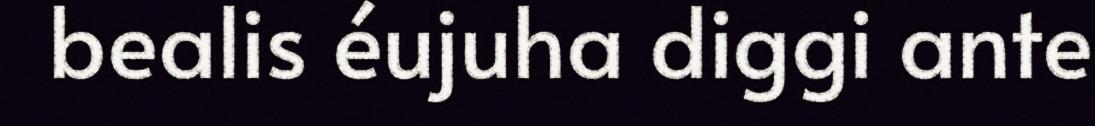
bealis éujuha diggi ante